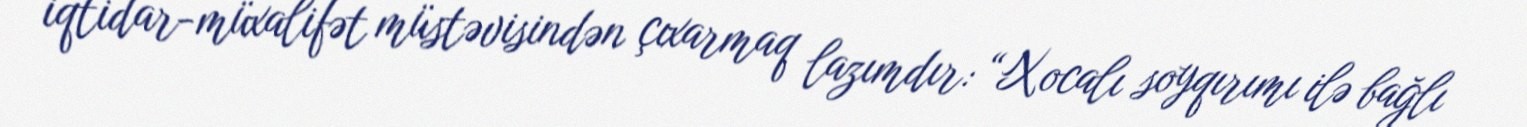
iqtidar-müxalifət müstəvisindən çıxarmaq lazımdır: “Xocalı soyqırımı ilə bağlı